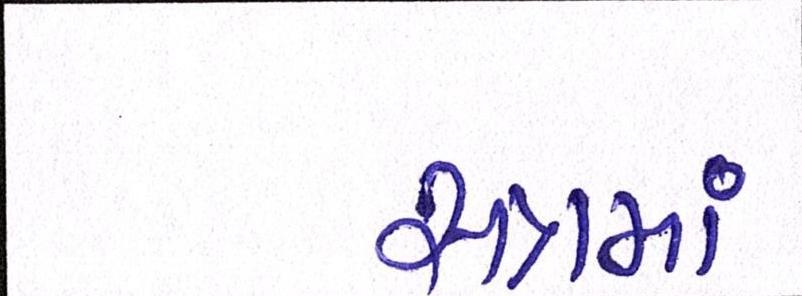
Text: સત્રમાં